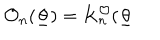
LaTeX: \mathcal { O } _ { n } ( \underline { { { \theta } } } ) = K _ { n } ^ { \mathcal { O } } ( \underline { { { \theta } } }